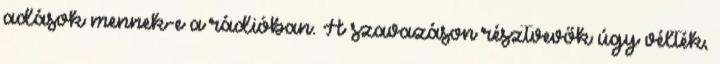
adások mennek-e a rádióban. A szavazáson résztvevők úgy vélték,